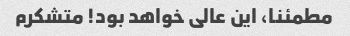
مطمئنا، این عالی خواهد بود! متشکرم